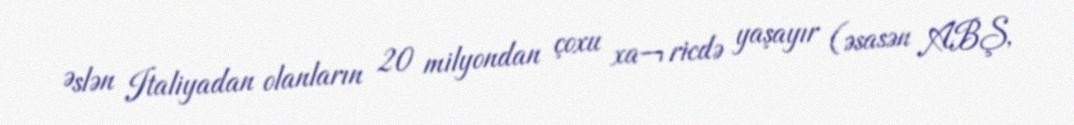
Əslən Italiyadan olanların 20 milyondan çoxu xa¬ricdə yaşayır (əsasən ABŞ,